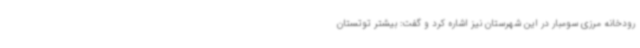
رودخانه مرزی سومبار در این شهرستان نیز اشاره کرد و گفت: بیشتر توتستان